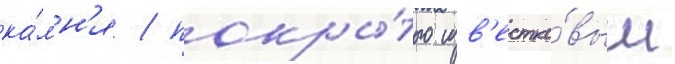
ка́мн'я / покры́того изв'естко́вым